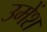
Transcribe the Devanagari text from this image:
उमेंश